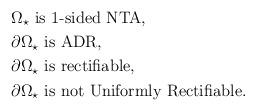
LaTeX: \begin{align*} &\Omega_{\star}\, \, \mbox{is 1-sided NTA}, \\&\partial\Omega_{\star}\, \, \mbox{is ADR},\\&\partial\Omega_{\star}\, \, \mbox{is rectifiable},\\&\mbox{$\partial\Omega_{\star}$ is not Uniformly Rectifiable}.\end{align*}